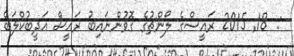
:  18